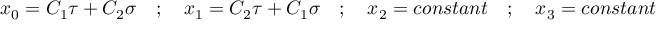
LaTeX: x _ { 0 } = C _ { 1 } \tau + C _ { 2 } \sigma \quad ; \quad x _ { 1 } = C _ { 2 } \tau + C _ { 1 } \sigma \quad ; \quad x _ { 2 } = c o n s t a n t \quad ; \quad x _ { 3 } = c o n s t a n t